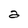
Character: a